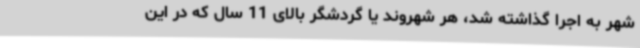
شهر به اجرا گذاشته شد، هر شهروند یا گردشگر بالای 11 سال که در این